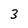
Character: 3